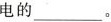
电的___。